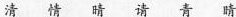
清 情 晴 请 青 睛